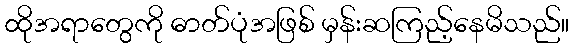
ထိုအရာတွေကို ဓာတ်ပုံအဖြစ် မှန်းဆကြည့်နေမိသည်။